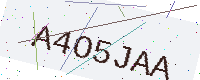
Text: A4O5JAA